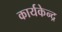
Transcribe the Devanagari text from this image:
कार्यकेन्द्र